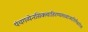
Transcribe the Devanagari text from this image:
पंचगव्येनसिक्त्वाहिरण्यमध्वाज्यतिलैश्चयोज्य